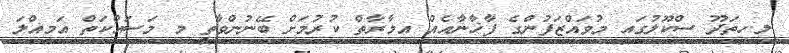
ލ.ހިތަދޫ ސްކޫލުގައި މުވައްޒަފުންގެ ފާޚާނާއެއް އިމާރާތް ކުރުމަށް ބޭނުންވާތީ މި މަސައްކަތް އަމިއްލަ